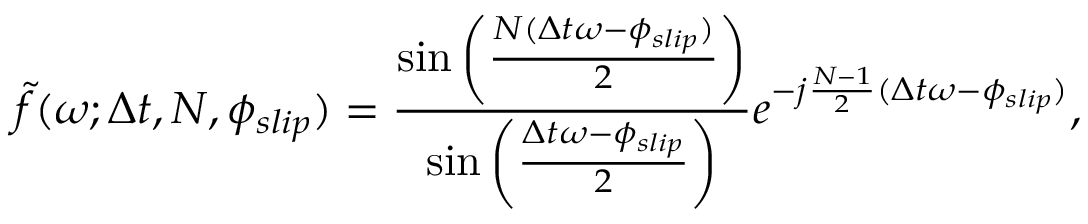
\tilde { f } ( \omega ; \Delta t , N , \phi _ { s l i p } ) = \frac { \sin \left( \frac { N ( \Delta t \omega - \phi _ { s l i p } ) } { 2 } \right) } { \sin \left( \frac { \Delta t \omega - \phi _ { s l i p } } { 2 } \right) } e ^ { - j \frac { N - 1 } { 2 } ( \Delta t \omega - \phi _ { s l i p } ) } ,